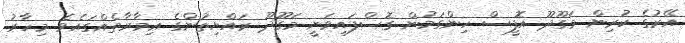
އޭރުގެ ކުރިން މަގޫދޫ އޮފީސް ހިންގަމުން ގޮސްފައިވަނީ މަގޫދޫ ރައްޔިތުންގެ ޢިމާރާތެއްގައެވެ. މިހާރު